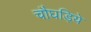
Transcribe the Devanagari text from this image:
चौघड़िये